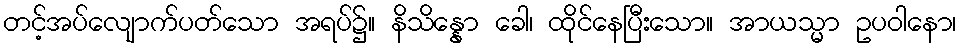
တင့်အပ်လျောက်ပတ်သော အရပ်၌။ နိသိန္နော ခေါ၊ ထိုင်နေပြီးသော။ အာယသ္မာ ဥပဝါနော၊